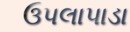
ઉપલાપાડા